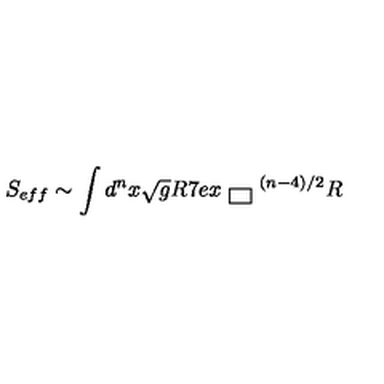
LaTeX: S _ { e f f } \sim \int d ^ { n } x \sqrt { g } R \raisebox { . 7 e x } { \fbox { } } ^ { ( n - 4 ) / 2 } R